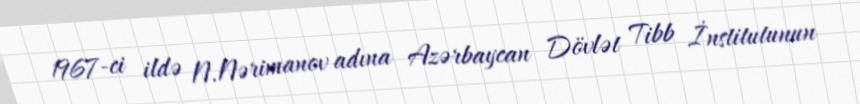
1967-ci ildə N.Nərimanov adına Azərbaycan Dövlət Tibb İnstitutunun